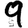
Digit: 9